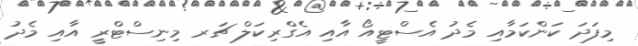
މިފަދަ ކަންކަމާއި މެދު އެސްޓީއޯ އާއި އެގްރިކަލް ޗަރ މިނިސްޓްރީ އާއި މެދު